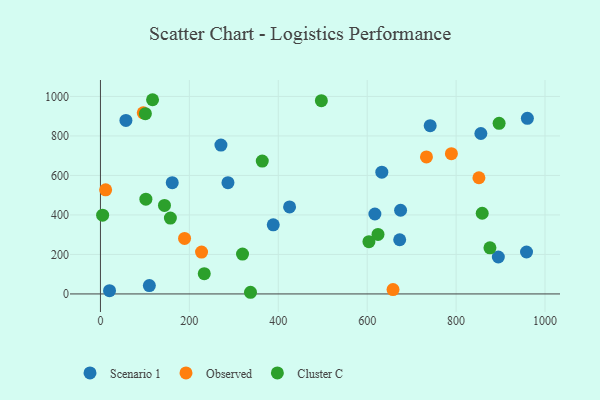
{"axis": {"x": "Distance", "y": "Sales"}, "legend": ["Cluster C", "Observed", "Scenario 1"], "data": [{"x": "271.0", "y": 753.8, "type": "Scenario 1"}, {"x": "632.9", "y": 616.6, "type": "Scenario 1"}, {"x": "20.4", "y": 16.6, "type": "Scenario 1"}, {"x": "895.0", "y": 186.9, "type": "Scenario 1"}, {"x": "388.7", "y": 349.9, "type": "Scenario 1"}, {"x": "57.3", "y": 878.3, "type": "Scenario 1"}, {"x": "286.8", "y": 563.3, "type": "Scenario 1"}, {"x": "960.3", "y": 888.9, "type": "Scenario 1"}, {"x": "161.5", "y": 563.5, "type": "Scenario 1"}, {"x": "855.7", "y": 812.4, "type": "Scenario 1"}, {"x": "673.1", "y": 274.3, "type": "Scenario 1"}, {"x": "617.3", "y": 404.7, "type": "Scenario 1"}, {"x": "741.7", "y": 851.7, "type": "Scenario 1"}, {"x": "425.4", "y": 440.3, "type": "Scenario 1"}, {"x": "958.4", "y": 212.4, "type": "Scenario 1"}, {"x": "675.1", "y": 423.8, "type": "Scenario 1"}, {"x": "110.0", "y": 42.2, "type": "Scenario 1"}, {"x": "96.3", "y": 917.1, "type": "Observed"}, {"x": "658.1", "y": 22.0, "type": "Observed"}, {"x": "189.2", "y": 281.3, "type": "Observed"}, {"x": "733.3", "y": 693.7, "type": "Observed"}, {"x": "789.4", "y": 710.0, "type": "Observed"}, {"x": "227.4", "y": 211.9, "type": "Observed"}, {"x": "11.7", "y": 527.0, "type": "Observed"}, {"x": "851.3", "y": 588.3, "type": "Observed"}, {"x": "102.2", "y": 479.8, "type": "Cluster C"}, {"x": "876.1", "y": 233.7, "type": "Cluster C"}, {"x": "233.5", "y": 102.6, "type": "Cluster C"}, {"x": "144.0", "y": 448.2, "type": "Cluster C"}, {"x": "337.5", "y": 8.4, "type": "Cluster C"}, {"x": "364.0", "y": 672.7, "type": "Cluster C"}, {"x": "896.7", "y": 863.6, "type": "Cluster C"}, {"x": "319.6", "y": 201.7, "type": "Cluster C"}, {"x": "4.9", "y": 398.6, "type": "Cluster C"}, {"x": "603.9", "y": 264.8, "type": "Cluster C"}, {"x": "101.1", "y": 912.8, "type": "Cluster C"}, {"x": "858.7", "y": 408.4, "type": "Cluster C"}, {"x": "157.3", "y": 384.3, "type": "Cluster C"}, {"x": "496.9", "y": 978.6, "type": "Cluster C"}, {"x": "117.2", "y": 983.3, "type": "Cluster C"}, {"x": "624.3", "y": 301.5, "type": "Cluster C"}]}